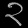
Digit: ၃